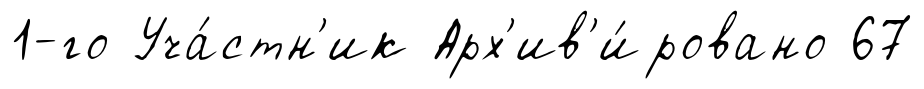
1-го Уча́стн'ик Арх'ив'и́ровано 67